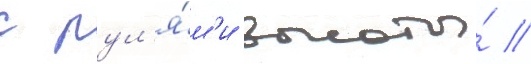
с рул'я́м'и высоты́ //